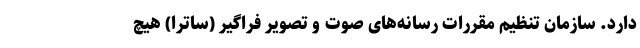
دارد. سازمان تنظیم مقررات رسانه‌های صوت و تصویر فراگیر (ساترا) هیچ